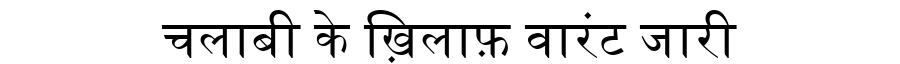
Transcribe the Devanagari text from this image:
चलाबी के ख़िलाफ़ वारंट जारी